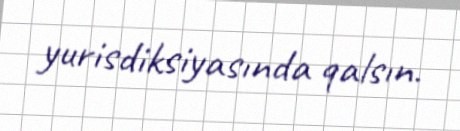
yurisdiksiyasında qalsın.